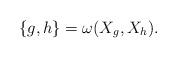
LaTeX: \begin{align*}\{g,h\}=\omega(X_g,X_h).\end{align*}